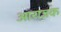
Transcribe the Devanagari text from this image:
आराजक